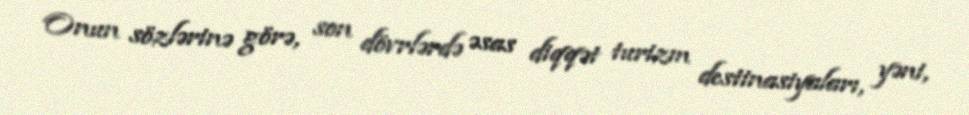
Onun sözlərinə görə, son dövrlərdə əsas diqqət turizm destinasiyaları, yəni,